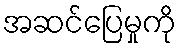
အဆင်ပြေမှုကို